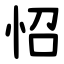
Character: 怊